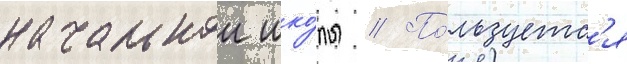
начальнои шко́лы // По́льзуетс'я